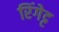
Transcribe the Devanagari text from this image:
रिंगेट्ट